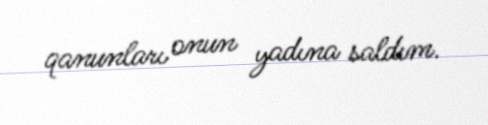
qanunları onun yadına saldım.